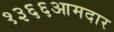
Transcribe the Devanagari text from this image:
१३६६आमदार